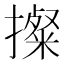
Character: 𢷂